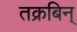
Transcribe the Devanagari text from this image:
तक्रबिन्